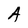
Character: A